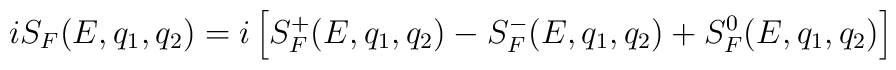
i S_F (E,q_1, q_2) = i \left[ S_F^+ (E, q_1, q_2)-  S_F^- (E, q_1, q_2 ) +S_F^0(E,q_1, q_2) \right]